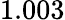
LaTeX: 1.003